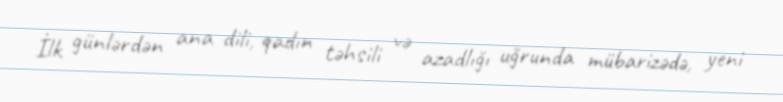
İlk günlərdən ana dili, qadın təhsili və azadlığı uğrunda mübarizədə, yeni